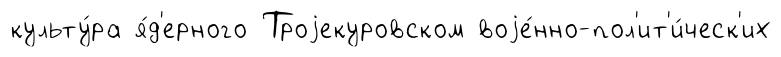
культу́ра я́д'ерного Троjекуровском воjе́нно-пол'ит'и́ческ'их